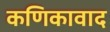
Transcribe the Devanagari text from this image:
कणिकावाद